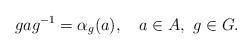
LaTeX: \begin{align*}gag^{-1}=\alpha_g(a),\ \ \ a\in A,\ g\in G.\end{align*}